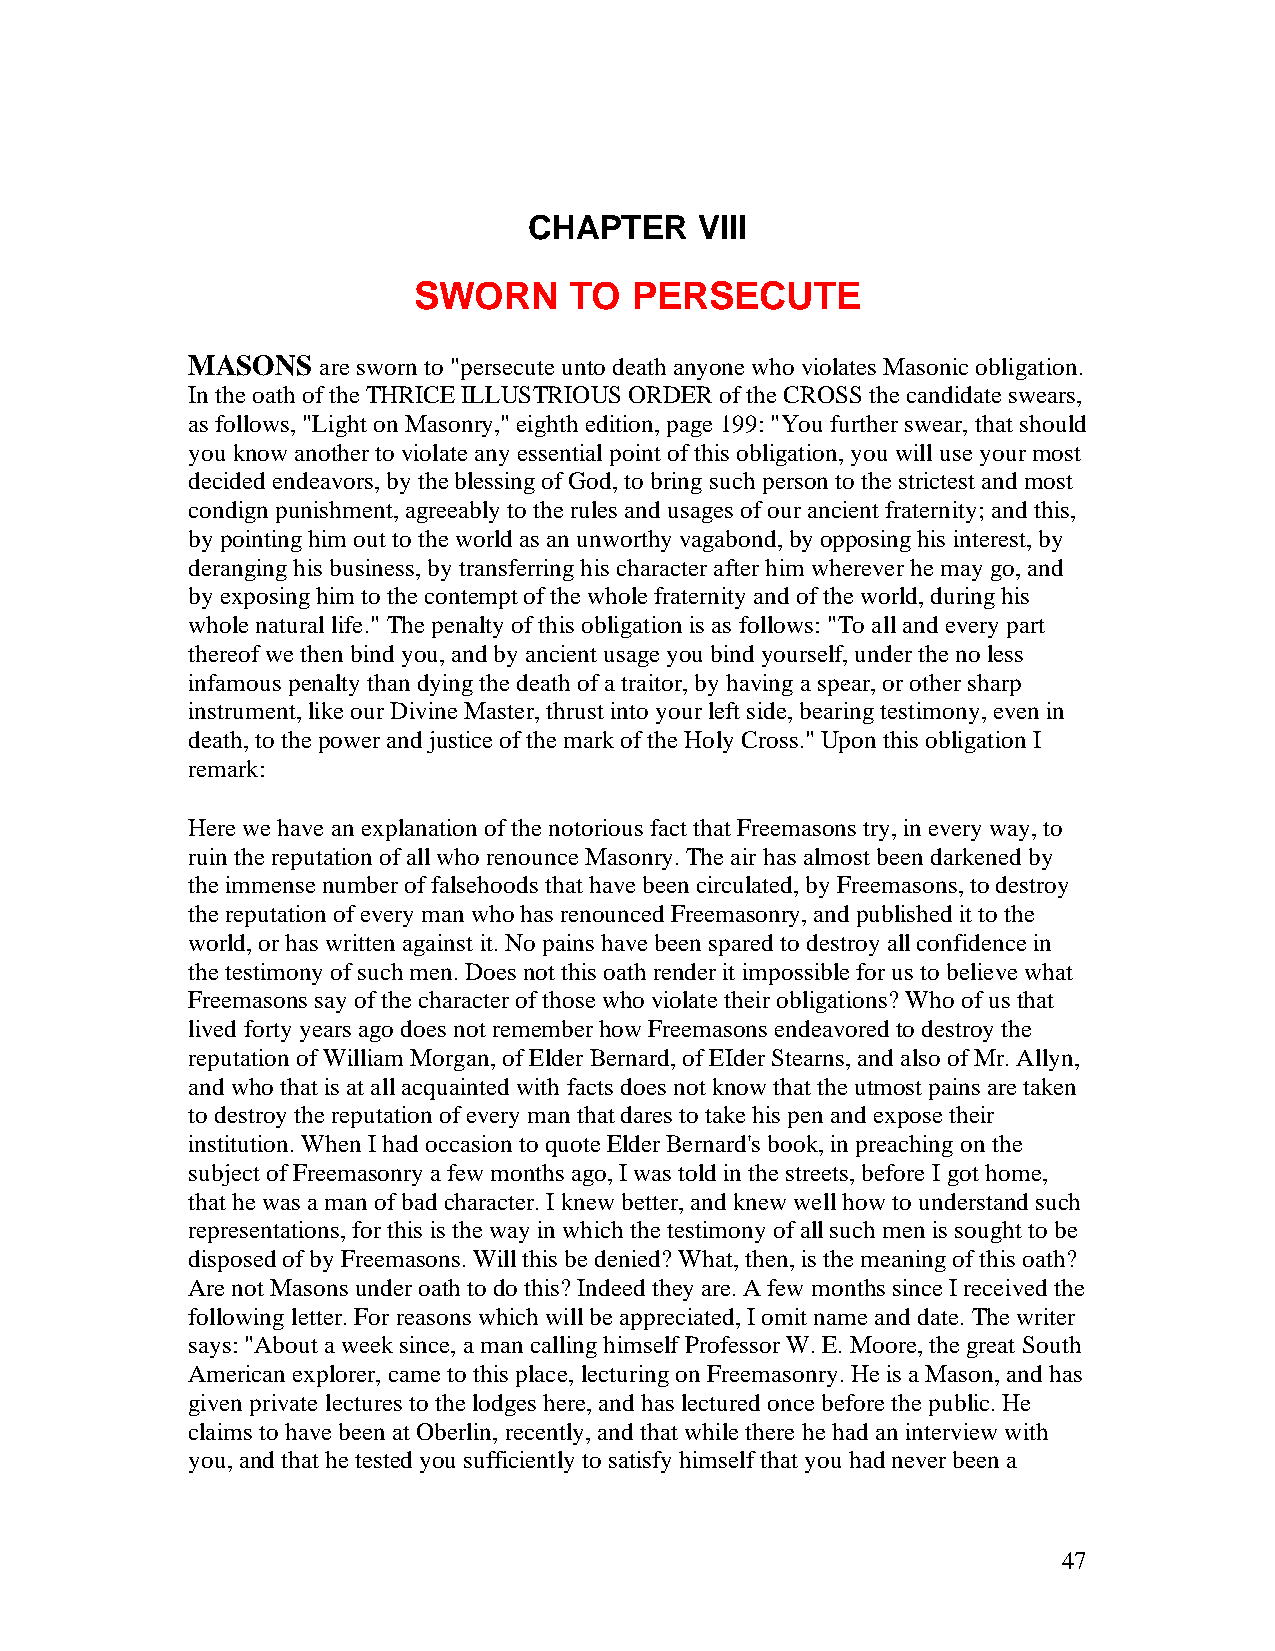
CHAPTER    VIII
 SWORN      TO  PERSECUTE
 MASONS   are sworn to "persecute unto death anyone who violates Masonic obligation.
 In the oath of the THRICE ILLUSTRIOUS ORDER of the CROSS the candidate swears,
 as follows, "Light on Masonry," eighth edition, page 199: "You further swear, that should
 you know another to violate any essential point of this obligation, you will use your most
 decided endeavors, by the blessing of God, to bring such person to the strictest and most
 condign punishment, agreeably to the rules and usages of our ancient fraternity; and this,
 by pointing him out to the world as an unworthy vagabond, by opposing his interest, by
 deranging his business, by transferring his character after him wherever he may go, and
 by exposing him to the contempt of the whole fraternity and of the world, during his
 whole natural life." The penalty of this obligation is as follows: "To all and every part
 thereof we then bind you, and by ancient usage you bind yourself, under the no less
 infamous penalty than dying the death of a traitor, by having a spear, or other sharp
 instrument, like our Divine Master, thrust into your left side, bearing testimony, even in
 death, to the power and justice of the mark of the Holy Cross." Upon this obligation I
 remark:
 Here we have an explanation of the notorious fact that Freemasons try, in every way, to
 ruin the reputation of all who renounce Masonry. The air has almost been darkened by
 the immense number of falsehoods that have been circulated, by Freemasons, to destroy
 the reputation of every man who has renounced Freemasonry, and published it to the
 world, or has written against it. No pains have been spared to destroy all confidence in
 the testimony of such men. Does not this oath render it impossible for us to believe what
 Freemasons say of the character of those who violate their obligations? Who of us that
 lived forty years ago does not remember how Freemasons endeavored to destroy the
 reputation of William Morgan, of Elder Bernard, of EIder Stearns, and also of Mr. Allyn,
 and who that is at all acquainted with facts does not know that the utmost pains are taken
 to destroy the reputation of every man that dares to take his pen and expose their
 institution. When I had occasion to quote Elder Bernard's book, in preaching on the
 subject of Freemasonry a few months ago, I was told in the streets, before I got home,
 that he was a man of bad character. I knew better, and knew well how to understand such
 representations, for this is the way in which the testimony of all such men is sought to be
 disposed of by Freemasons. Will this be denied? What, then, is the meaning of this oath?
 Are not Masons under oath to do this? Indeed they are. A few months since I received the
 following letter. For reasons which will be appreciated, I omit name and date. The writer
 says: "About a week since, a man calling himself Professor W. E. Moore, the great South
 American explorer, came to this place, lecturing on Freemasonry. He is a Mason, and has
 given private lectures to the lodges here, and has lectured once before the public. He
 claims to have been at Oberlin, recently, and that while there he had an interview with
 you, and that he tested you sufficiently to satisfy himself that you had never been a
 47